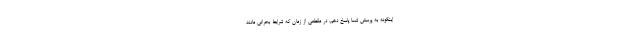
اینگونه به پرسش شما پاسخ دهم، در مقطعی از زمان که شرایط بحرانی مانند